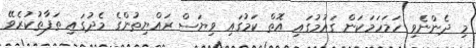
މި ދެންނެވި ހަމަހަމަކަން ގައުމުގައި އޮތް ކަމުގައި ވިޔަސް ރައްޔިތުންގެ މެދުގައި ތަފާތުކުރެވޭ